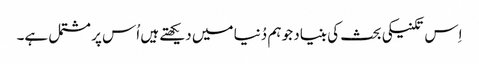
اِس تکنیکی بحث کی بنیاد جو ہم دُنیا میں دیکھتے ہیں اُس پر مشتمل ہے۔